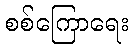
စစ်ကြောရေး